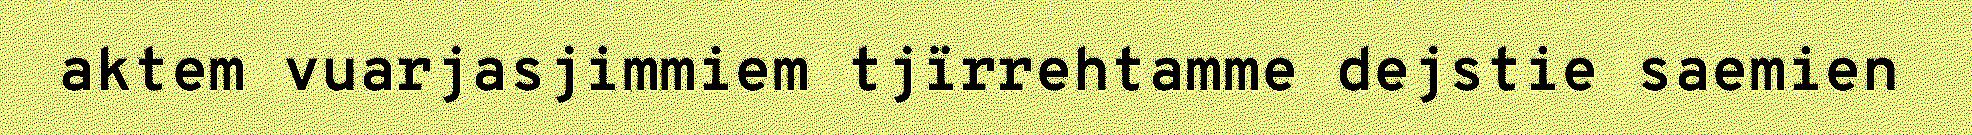
aktem vuarjasjimmiem tjïrrehtamme dejstie saemien